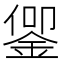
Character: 𬫜